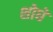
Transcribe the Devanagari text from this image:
शोधे